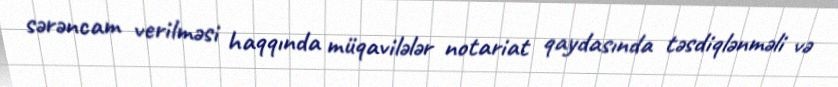
sərəncam verilməsi haqqında müqavilələr notariat qaydasında təsdiqlənməli və